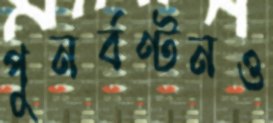
পুনর্বণ্টনও